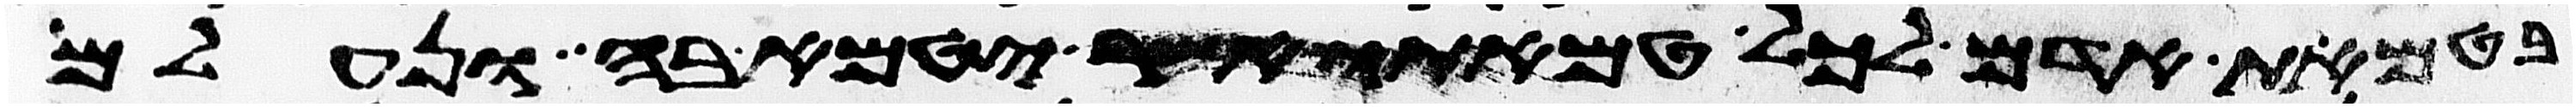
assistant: בטמאת אדם לכל טמאתו אשר יטמא בה ונעלם